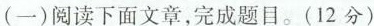
(一)阅读下面文章，完成题目。(12分)